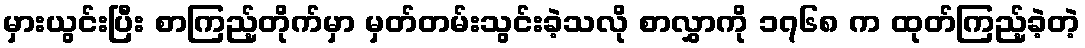
မှားယွင်းပြီး စာကြည့်တိုက်မှာ မှတ်တမ်းသွင်းခဲ့သလို စာလွှာကို ၁၇၆၈ က ထုတ်ကြည့်ခဲ့တဲ့